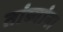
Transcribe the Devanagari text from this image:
तांब्यांना